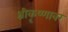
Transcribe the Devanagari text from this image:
श्रीकृष्णावर